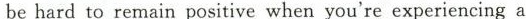
behard to remain positive when you're experiencing a